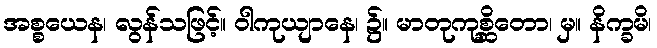
အစ္စယေန၊ လွန်သဖြင့်။ ဝါကုယျာနေ၊ ၌။ မာတုကုစ္ဆိတော၊ မှ။ နိက္ခမိ၊